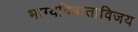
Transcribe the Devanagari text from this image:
भाग्यविधाताविजय